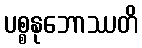
ပစ္စနုဘောဿတိ